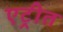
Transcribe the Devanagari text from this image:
एट्रीत